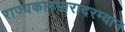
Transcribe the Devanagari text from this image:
राज्यकारभारादरम्यान